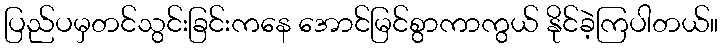
ပြည်ပမှတင်သွင်းခြင်းကနေ အောင်မြင်စွာကာကွယ် နိုင်ခဲ့ကြပါတယ်။